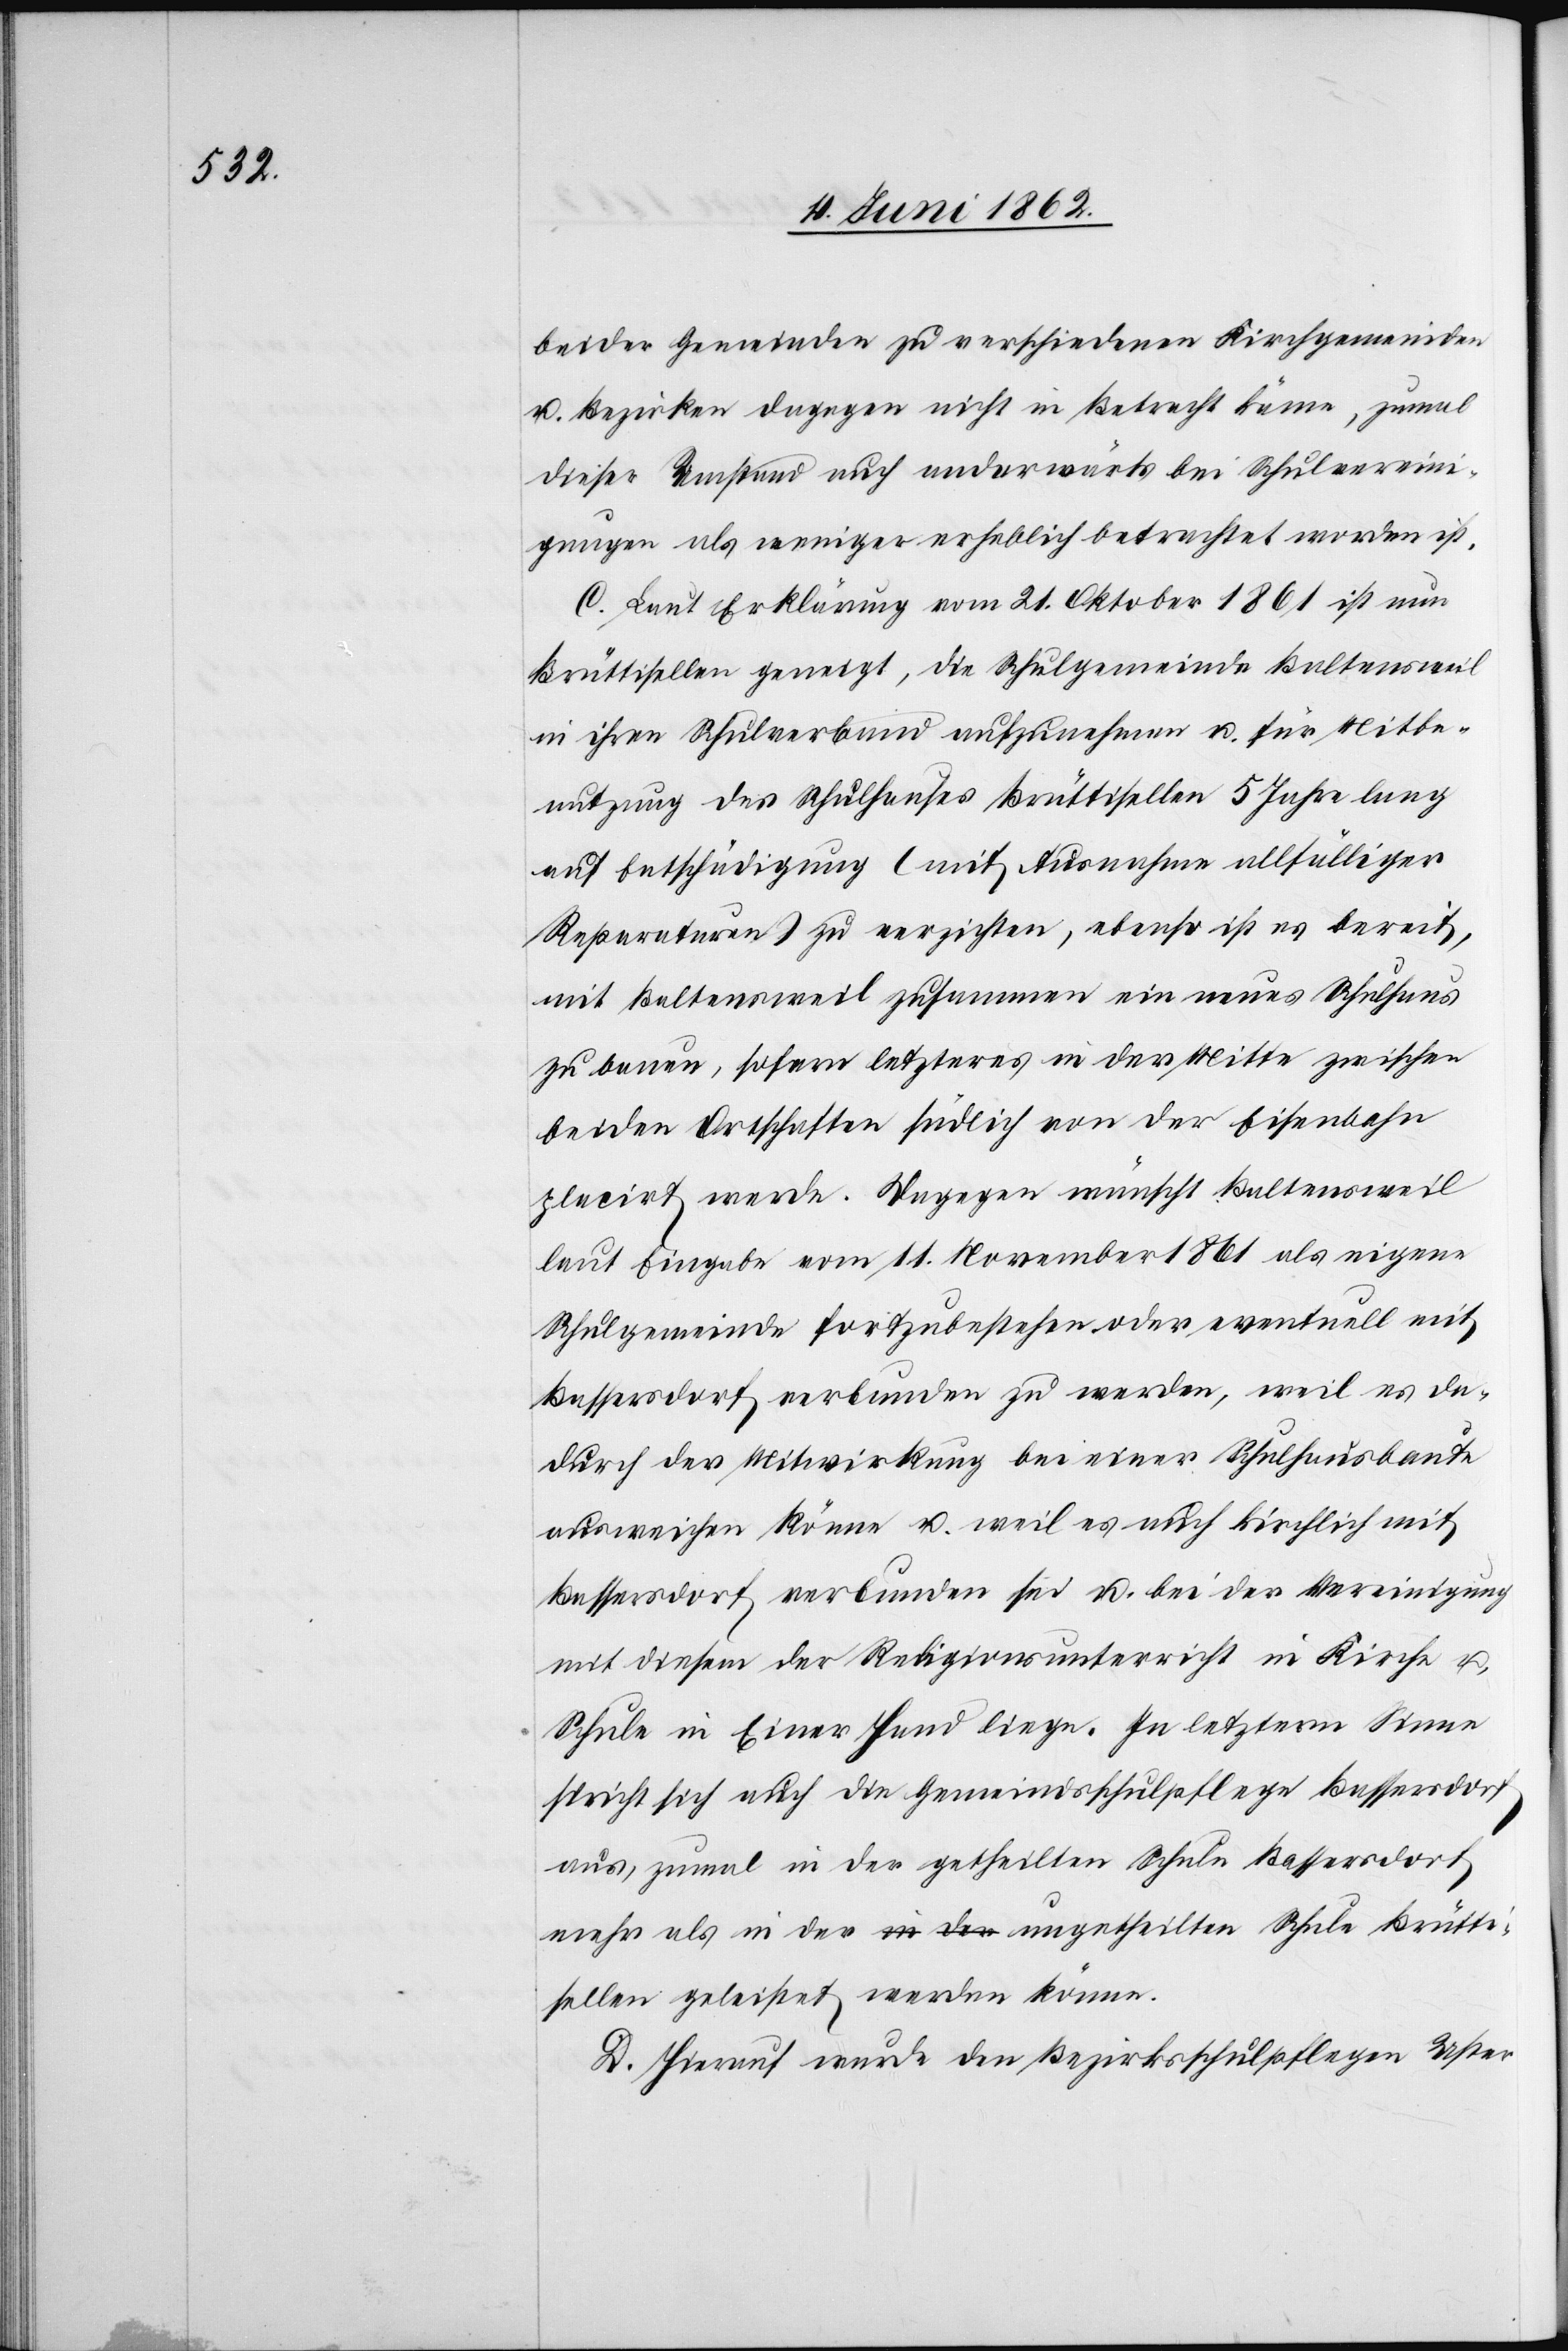
Brütti¬

beider Gemeinden zu verschiedenen Kirchgemeinden
u. Bezirken dagegen nicht in Betracht käme, zumal
dieser Umstand auch anderwärts bei Schulvereini¬
gungen als weniger erheblich betrachtet worden ist.
C. Laut Erklärung vom 21. Oktober 1861 ist nun
Brüttisellen geneigt, die Schulgemeinde Baltensweil
in ihren Schulverband aufzunehmen u. für Mitbe¬
nutzung des Schulhauses Brüttisellen 5 Jahre lang
auf Entschädigung (mit Ausnahme allfälliger
Reparaturen) zu verzichten, ebenso ist es bereit,
mit Baltensweil zusammen ein neues Schulhaus
zu bauen, sofern letzteres in der Mitte zwischen
beiden Ortschaften südlich von der Eisenbahn
placirt werde. Dagegen wünscht Baltensweil
laut Eingabe vom 11. November 1861 als eigene
Schulgemeinde fortzubestehen oder eventuell mit
Bassersdorf verbunden zu werden, weil es da¬
durch der Mitwirkung bei einer Schulhausbaute
ausweichen könne u. weil es auch kirchlich mit
Bassersdorf verbunden sei u. bei der Vereinigung
mit diesem der Religionsunterricht in Kirche u.
Schule in Einer Hand liege. In letzterm Sinne
spricht sich auch die Gemeindsschulpflege Bassersdorf
aus, zumal in der getheilten Schule Bassersdorf
sellen geleistet werden könne.
D. Hierauf wurde den Bezirksschulpflegen Uster